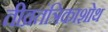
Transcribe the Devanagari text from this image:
तीव्रतंत्रिकाशोथ